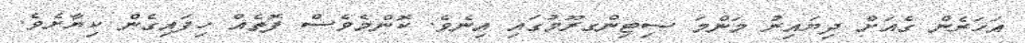
އަހަރެން ގެއަށް ދިޔައިރު މަންމަ ސިޓިންގރޫމުގައި އިނެވެ. ކޮންމެވެސް ފޮތެއް ހިފައިގެން ކިޔާށެވެ.